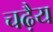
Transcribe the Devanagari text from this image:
चढ़ैय